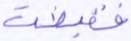
فقبضت